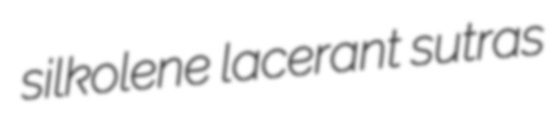
silkolene lacerant sutras